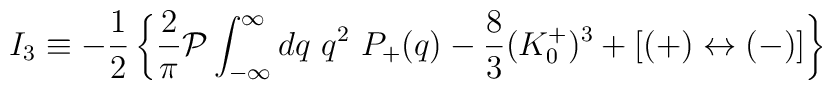
I_3\equiv-{1\over 2}\left\{ {2\over \pi} {\cal P}\int^\infty_{-\infty} dq\ q^2 \ P_+(q)-{8\over 3}(K^+_0)^3+[(+)\leftrightarrow (-)]\right\}